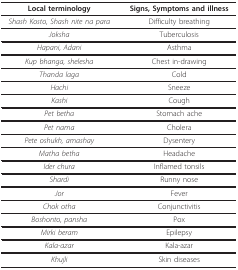
| Local terminology | Signs, Symptoms and illness |
 | --- | --- |
 | Shash Kosto, Shash nite na para | Difficulty breathing |
 | Joksha | Tuberculosis |
 | Hapani, Adani | Asthma |
 | Kup bhanga, shelesha | Chest in-drawing |
 | Thanda laga | Cold |
 | Hachi | Sneeze |
 | Kashi | Cough |
 | Pet betha | Stomach ache |
 | Pet nama | Cholera |
 | Pete oshukh, amashay | Dysentery |
 | Matha betha | Headache |
 | Ider chura | Inflamed tonsils |
 | Shardi | Runny nose |
 | Jor | Fever |
 | Chok otha | Conjunctivitis |
 | Boshonto, pansha | Pox |
 | Mirki beram | Epilepsy |
 | Kala-azar | Kala-azar |
 | Khujli | Skin diseases |